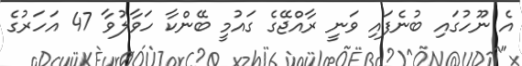
އެ ނޫހުގައި ބުނެފައި ވަނީ ރާއްޖޭގެ ގައުމީ ބޭންކާ ހަވާލުވާ 47 އަހަރުގެ